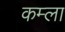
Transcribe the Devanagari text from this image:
कम्ला